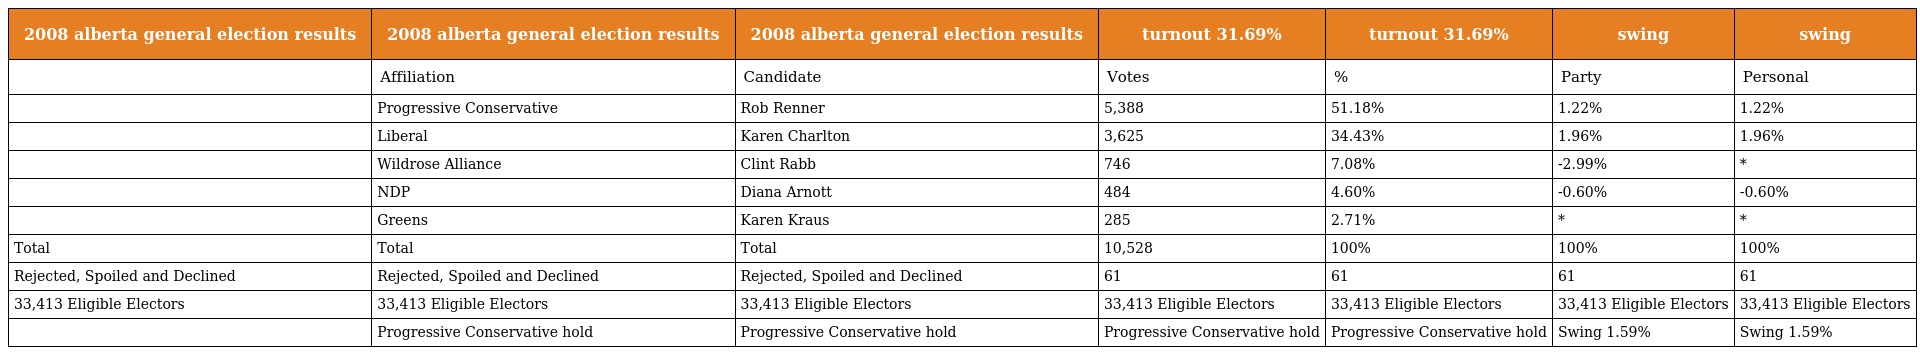
| 2008 alberta general election results | 2008 alberta general election results | 2008 alberta general election results | turnout 31.69% | turnout 31.69% | swing | swing |
 | --- | --- | --- | --- | --- | --- | --- |
 |  | Affiliation | Candidate | Votes | % | Party | Personal |
 |  | Progressive Conservative | Rob Renner | 5,388 | 51.18% | 1.22% | 1.22% |
 |  | Liberal | Karen Charlton | 3,625 | 34.43% | 1.96% | 1.96% |
 |  | Wildrose Alliance | Clint Rabb | 746 | 7.08% | -2.99% | * |
 |  | NDP | Diana Arnott | 484 | 4.60% | -0.60% | -0.60% |
 |  | Greens | Karen Kraus | 285 | 2.71% | * | * |
 | Total | Total | Total | 10,528 | 100% | 100% | 100% |
 | Rejected, Spoiled and Declined | Rejected, Spoiled and Declined | Rejected, Spoiled and Declined | 61 | 61 | 61 | 61 |
 | 33,413 Eligible Electors | 33,413 Eligible Electors | 33,413 Eligible Electors | 33,413 Eligible Electors | 33,413 Eligible Electors | 33,413 Eligible Electors | 33,413 Eligible Electors |
 |  | Progressive Conservative hold | Progressive Conservative hold | Progressive Conservative hold | Progressive Conservative hold | Swing 1.59% | Swing 1.59% |